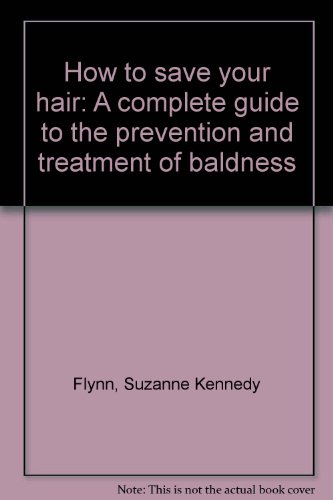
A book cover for How to save your hair: A complete guide to the prevention and treatment of baldness; Suzanne Kennedy Flynn; Health, Fitness & Dieting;